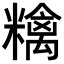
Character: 𥼝